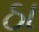
ઠા